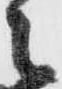
々